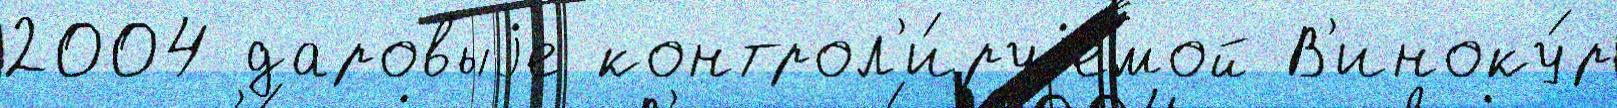
2004 даровыjе контрол'и́руjемой В'иноку́р